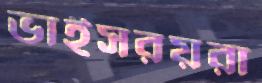
ভাইসরয়রা